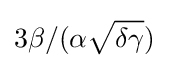
3\beta /(\alpha {\sqrt {\delta \gamma }})